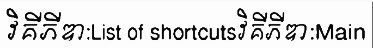
វិគីភីឌា:List of shortcutsវិគីភីឌា:Main